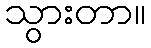
သွားတာ။